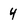
Character: 4